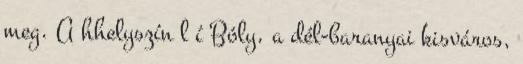
meg. A hhelyszín l í Bóly, a dél-baranyai kisváros,